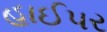
હાઈપર